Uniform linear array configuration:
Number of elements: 32
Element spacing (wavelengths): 0.5
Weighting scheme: kaiser
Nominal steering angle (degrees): -60
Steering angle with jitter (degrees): -60.391
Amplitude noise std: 0.05
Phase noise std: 0.05

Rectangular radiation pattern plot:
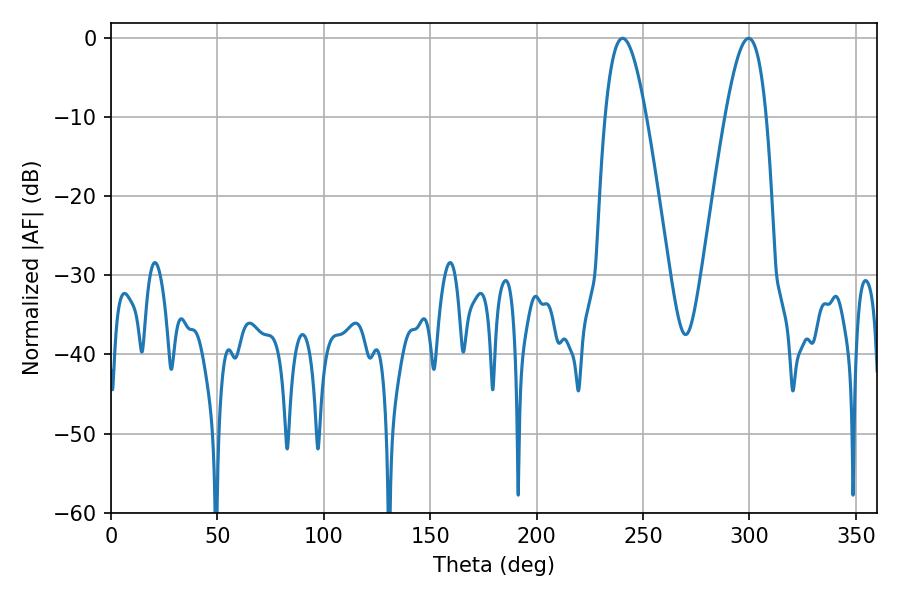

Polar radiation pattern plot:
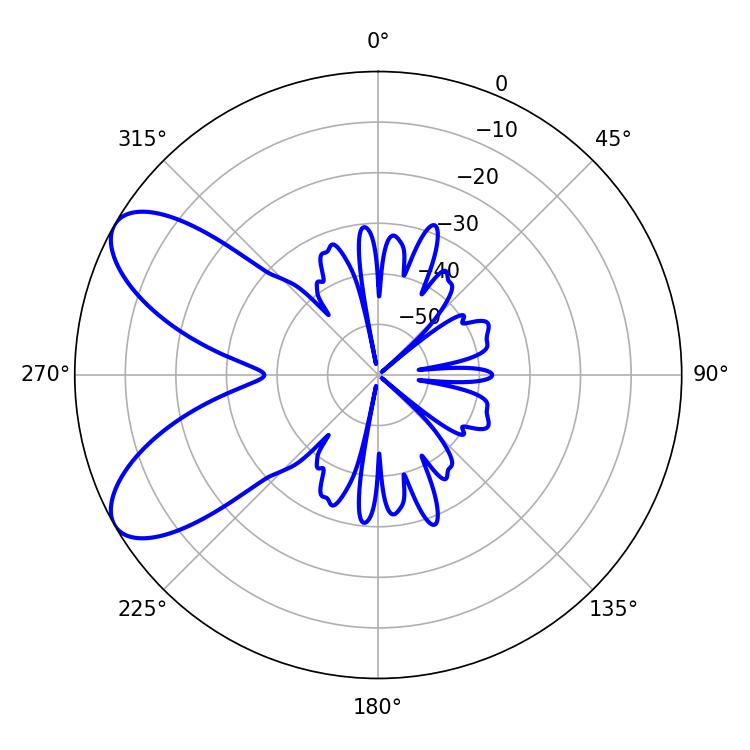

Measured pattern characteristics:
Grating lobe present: FALSE
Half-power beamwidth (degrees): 10.44
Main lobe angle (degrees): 240.3